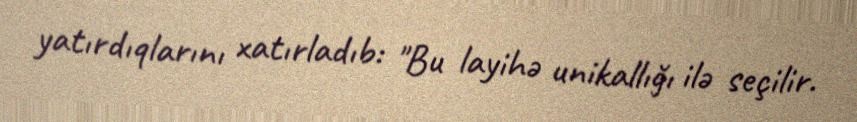
yatırdıqlarını xatırladıb: "Bu layihə unikallığı ilə seçilir.